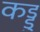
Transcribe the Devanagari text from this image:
कड्डु